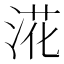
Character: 㳸